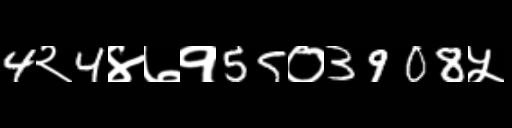
Text: 4२4४७१55०3908५